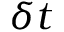
\delta t